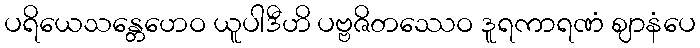
ပရိယေသန္တေဟေဝ ယူပါဒီဟိ ပဗ္ဗဇိတဿေဝ ဒူရကာရဏံ ဈာနံပေ